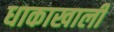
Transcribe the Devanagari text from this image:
धाकाखाली